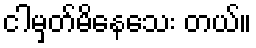
ငါမှတ်မိနေသေး တယ်။